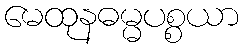
မေထုနဓမ္မပစ္စယာ